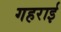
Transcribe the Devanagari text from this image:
गहरार्इ